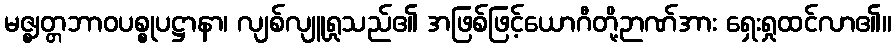
မဇ္ဈတ္တဘာဝပစ္စုပဋ္ဌာနာ၊ လျစ်လျူရှုသည်၏ အဖြစ်ဖြင့်ယောဂီတို့ဉာဏ်အား ရှေးရှုထင်လာ၏။